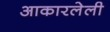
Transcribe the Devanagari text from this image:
आकारलेली